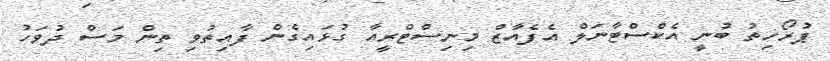
ޕުރޯހިތު ބުނީ އެކްސްޓާނަލް އެފެއާޒް މިނިސްޓްރީއާ ގުޅައިގެން ފާއިތުވި ތިން މަސް ދުވަހު